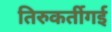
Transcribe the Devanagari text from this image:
तिरुकर्तीगई